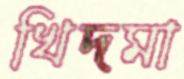
খিদমা